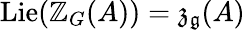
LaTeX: \operatorname{Lie}(\mathbb{Z}_{G}(A))={\mathfrak{{z}}}_{\mathfrak{{g}}}(A)